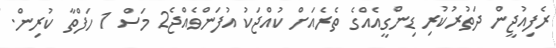
ރެފިއުޖީން ދަތުރުކުރި ޑިންގީއެއްގެ ތެރެއަށް ކުއްޖަކު އުފަންވެއްޖެ2 މަސް 1 ހަފްތާ ކުރިން.